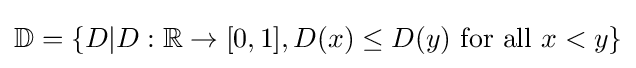
\mathbb {D} =\{D|D:\mathbb {R} \to [0,1],D(x)\leq D(y){\text{ for all }}x<y\}